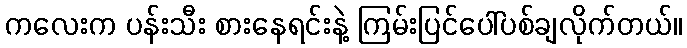
ကလေးက ပန်းသီး စားနေရင်းနဲ့ ကြမ်းပြင်ပေါ်ပစ်ချလိုက်တယ်။